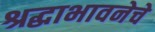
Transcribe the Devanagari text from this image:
श्रद्धाभावनेचे